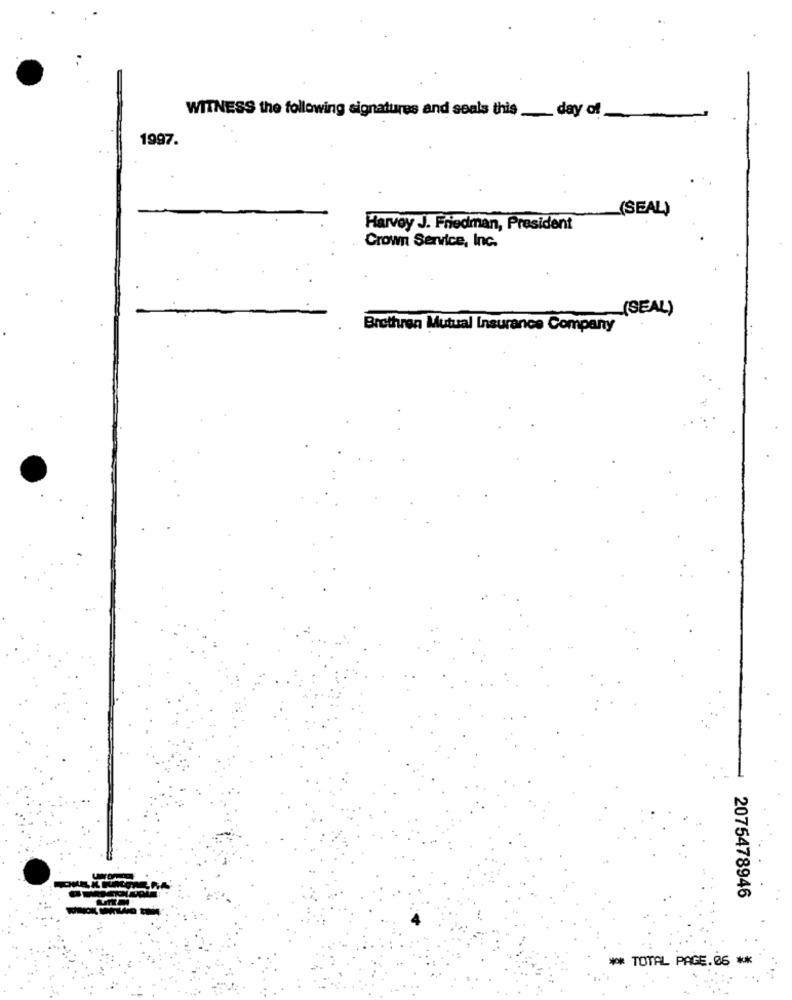
WITNESS the following signatures and soals this_ day of
1997.
(SEAL)
Harvey J. Friedman, President
Crown Service, Inc.
(SEAL)
Brethren Mutual Insurance Company
2075478946
** TOTAL PAGE.06 **